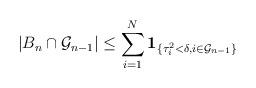
LaTeX: \begin{align*}|B_n \cap \mathcal G_{n-1}| \le \sum_{i=1}^N\mathbf 1_{\{\tau_i^2<\delta, i\in \mathcal G_{n-1}\}} \end{align*}